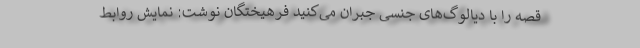
قصه را با دیالوگ‌های جنسی جبران می‌کنید فرهیختگان نوشت: نمایش روابط